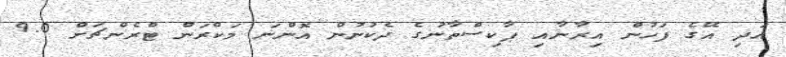
އަދި އޭގެ ފަހުން އިރާނާއި ޕާކިސްތާނުގެ ދެކުނުން އޮންނަ މަކްރަން ޓްރެންޗަށް 9.0